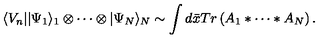
\langle V _ { n } | | \Psi _ { 1 } \rangle _ { 1 } \otimes \cdots \otimes | \Psi _ { N } \rangle _ { N } \sim \int d \bar { x } T r \left( A _ { 1 } \ast \cdots \ast A _ { N } \right) .